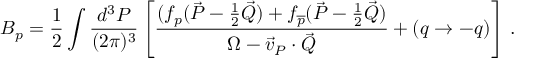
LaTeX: B _ { p } = \frac { 1 } { 2 } \int \frac { d ^ { 3 } { \cal P } } { ( 2 \pi ) ^ { 3 } } \left[ \frac { ( f _ { p } ( \vec { \cal P } - \frac { 1 } { 2 } \vec { \cal Q } ) + f _ { \overline { { p } } } ( \vec { \cal P } - \frac { 1 } { 2 } \vec { \cal Q } ) } { \Omega - \vec { v } _ { \cal P } \cdot \vec { \cal Q } } + ( q \rightarrow - q ) \right] \, .